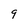
Character: 9